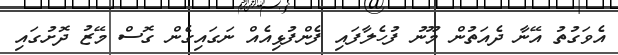
އެވަގުތު އޭނާ ދެއަތުން މޫނު ފުހެލާފައި ފެންފުޅިއެއް ނަގައިގެން ގޮސް މޭޒު ދޮށުގައި